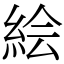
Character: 絵